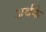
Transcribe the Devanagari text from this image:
अर्थके